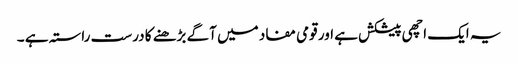
یہ ایک اچھی پیشکش ہے اور قومی مفاد میں آگے بڑھنے کا درست راستہ ہے ۔